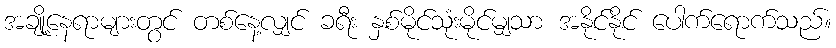
အချို့နေရာများတွင် တစ်နေ့လျှင် ခရီး နှစ်မိုင်သုံးမိုင်မျှသာ အနိုင်နိုင် ပေါက်ရောက်သည်။